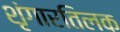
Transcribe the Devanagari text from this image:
शृंगारतिलक